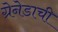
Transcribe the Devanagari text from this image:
ग्रेनेडाची